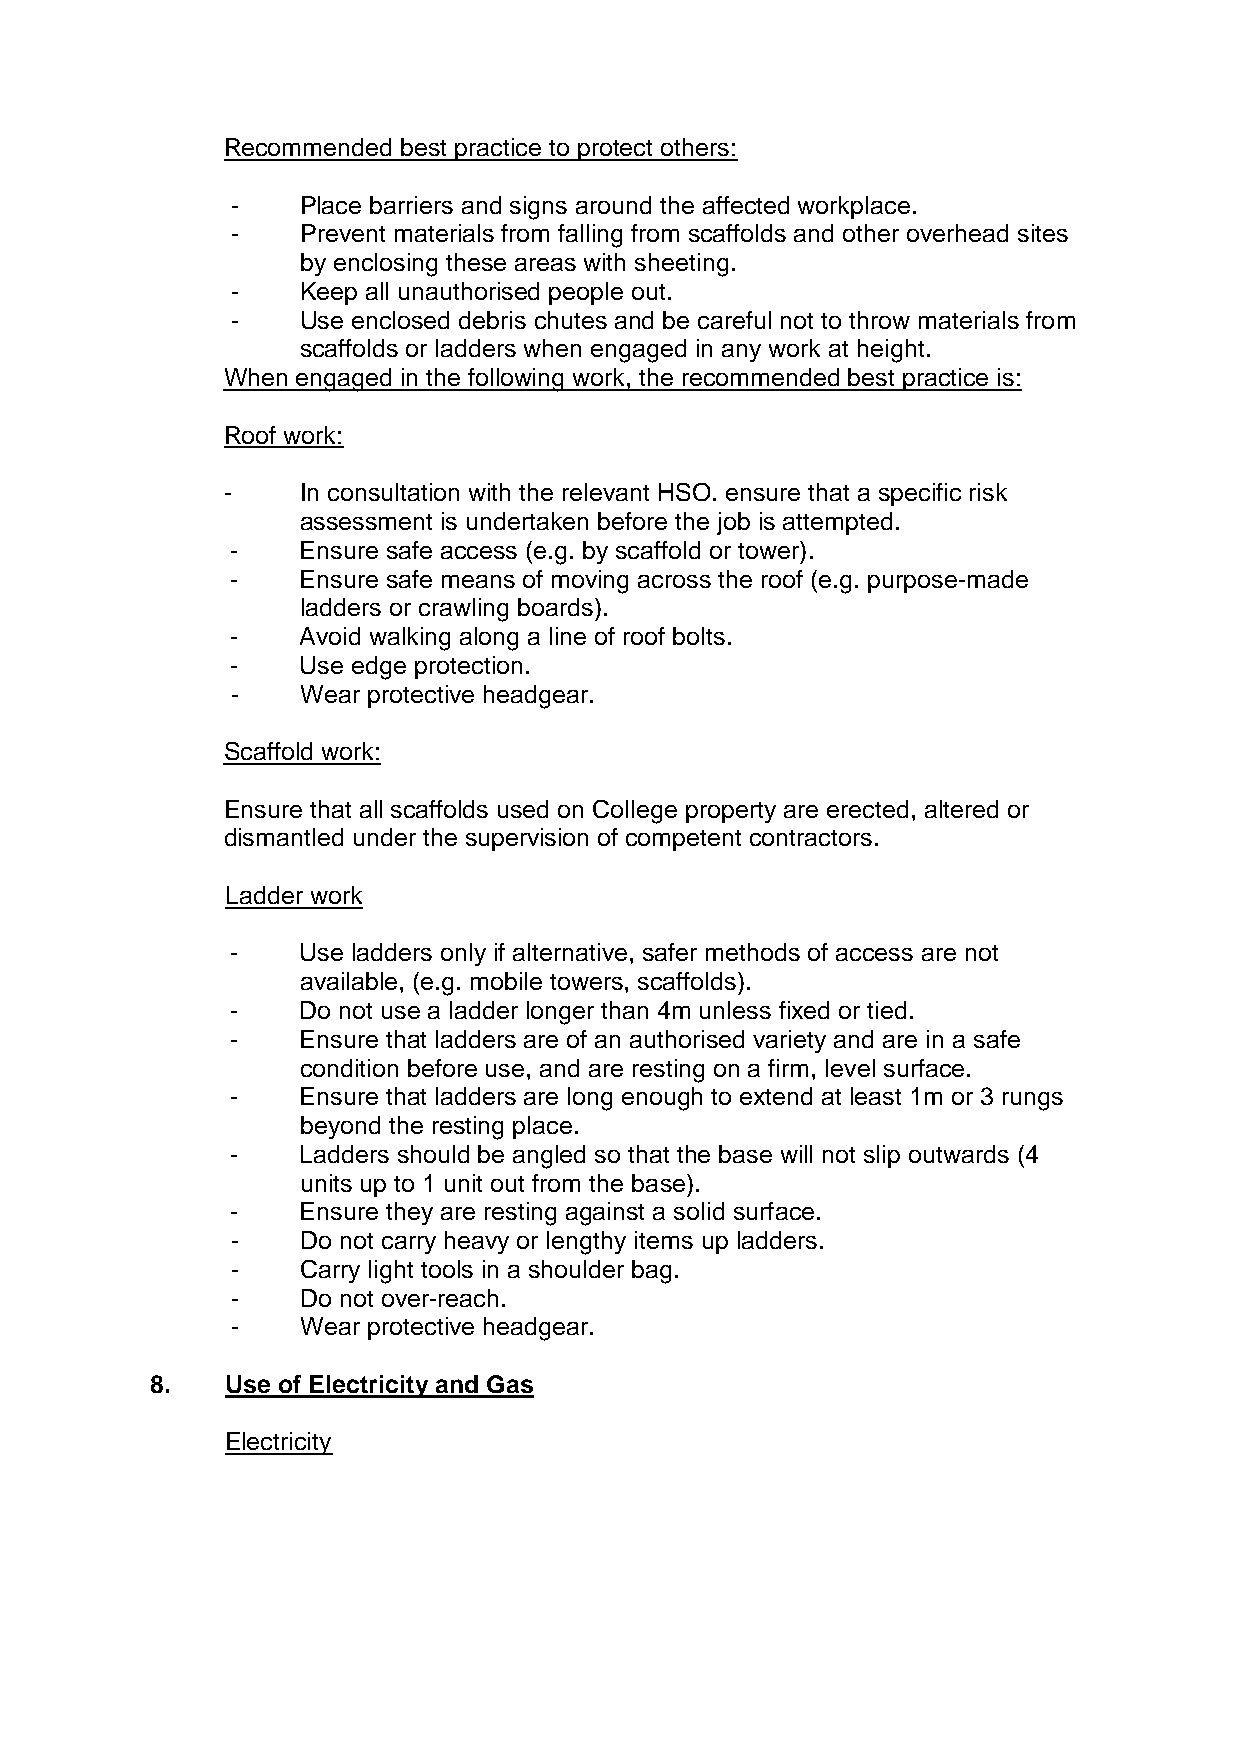
Recommended best practice to protect others:
 -    Place barriers and signs around the affected workplace.
 -    Prevent materials from falling from scaffolds and other overhead sites
 by enclosing these areas with sheeting.
 -    Keep all unauthorised people out.
 -    Use enclosed debris chutes and be careful not to throw materials from
 scaffolds or ladders when engaged in any work at height.
 When engaged in the following work, the recommended best practice is:
 Roof work:
 -    In consultation with the relevant HSO. ensure that a specific risk
 assessment is undertaken before the job is attempted.
 -    Ensure safe access (e.g. by scaffold or tower).
 -    Ensure safe means of moving across the roof (e.g. purpose-made
 ladders or crawling boards).
 -    Avoid walking along a line of roof bolts.
 -    Use edge protection.
 -    Wear protective headgear.
 Scaffold work:
 Ensure that all scaffolds used on College property are erected, altered or
 dismantled under the supervision of competent contractors.
 Ladder work
 -    Use ladders only if alternative, safer methods of access are not
 available, (e.g. mobile towers, scaffolds).
 -    Do not use a ladder longer than 4m unless fixed or tied.
 -    Ensure that ladders are of an authorised variety and are in a safe
 condition before use, and are resting on a firm, level surface.
 -    Ensure that ladders are long enough to extend at least 1m or 3 rungs
 beyond the resting place.
 -    Ladders should be angled so that the base will not slip outwards (4
 units up to 1 unit out from the base).
 -    Ensure they are resting against a solid surface.
 -    Do not carry heavy or lengthy items up ladders.
 -    Carry light tools in a shoulder bag.
 -    Do not over-reach.
 -    Wear protective headgear.
 8.   Use of Electricity and Gas
 Electricity